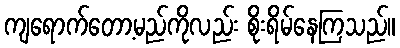
ကျရောက်တော့မည်ကိုလည်း စိုးရိမ်နေကြသည်။